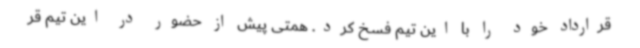
قرارداد خود را با این تیم فسخ کرد. همتی پیش از حضور در این تیم قر